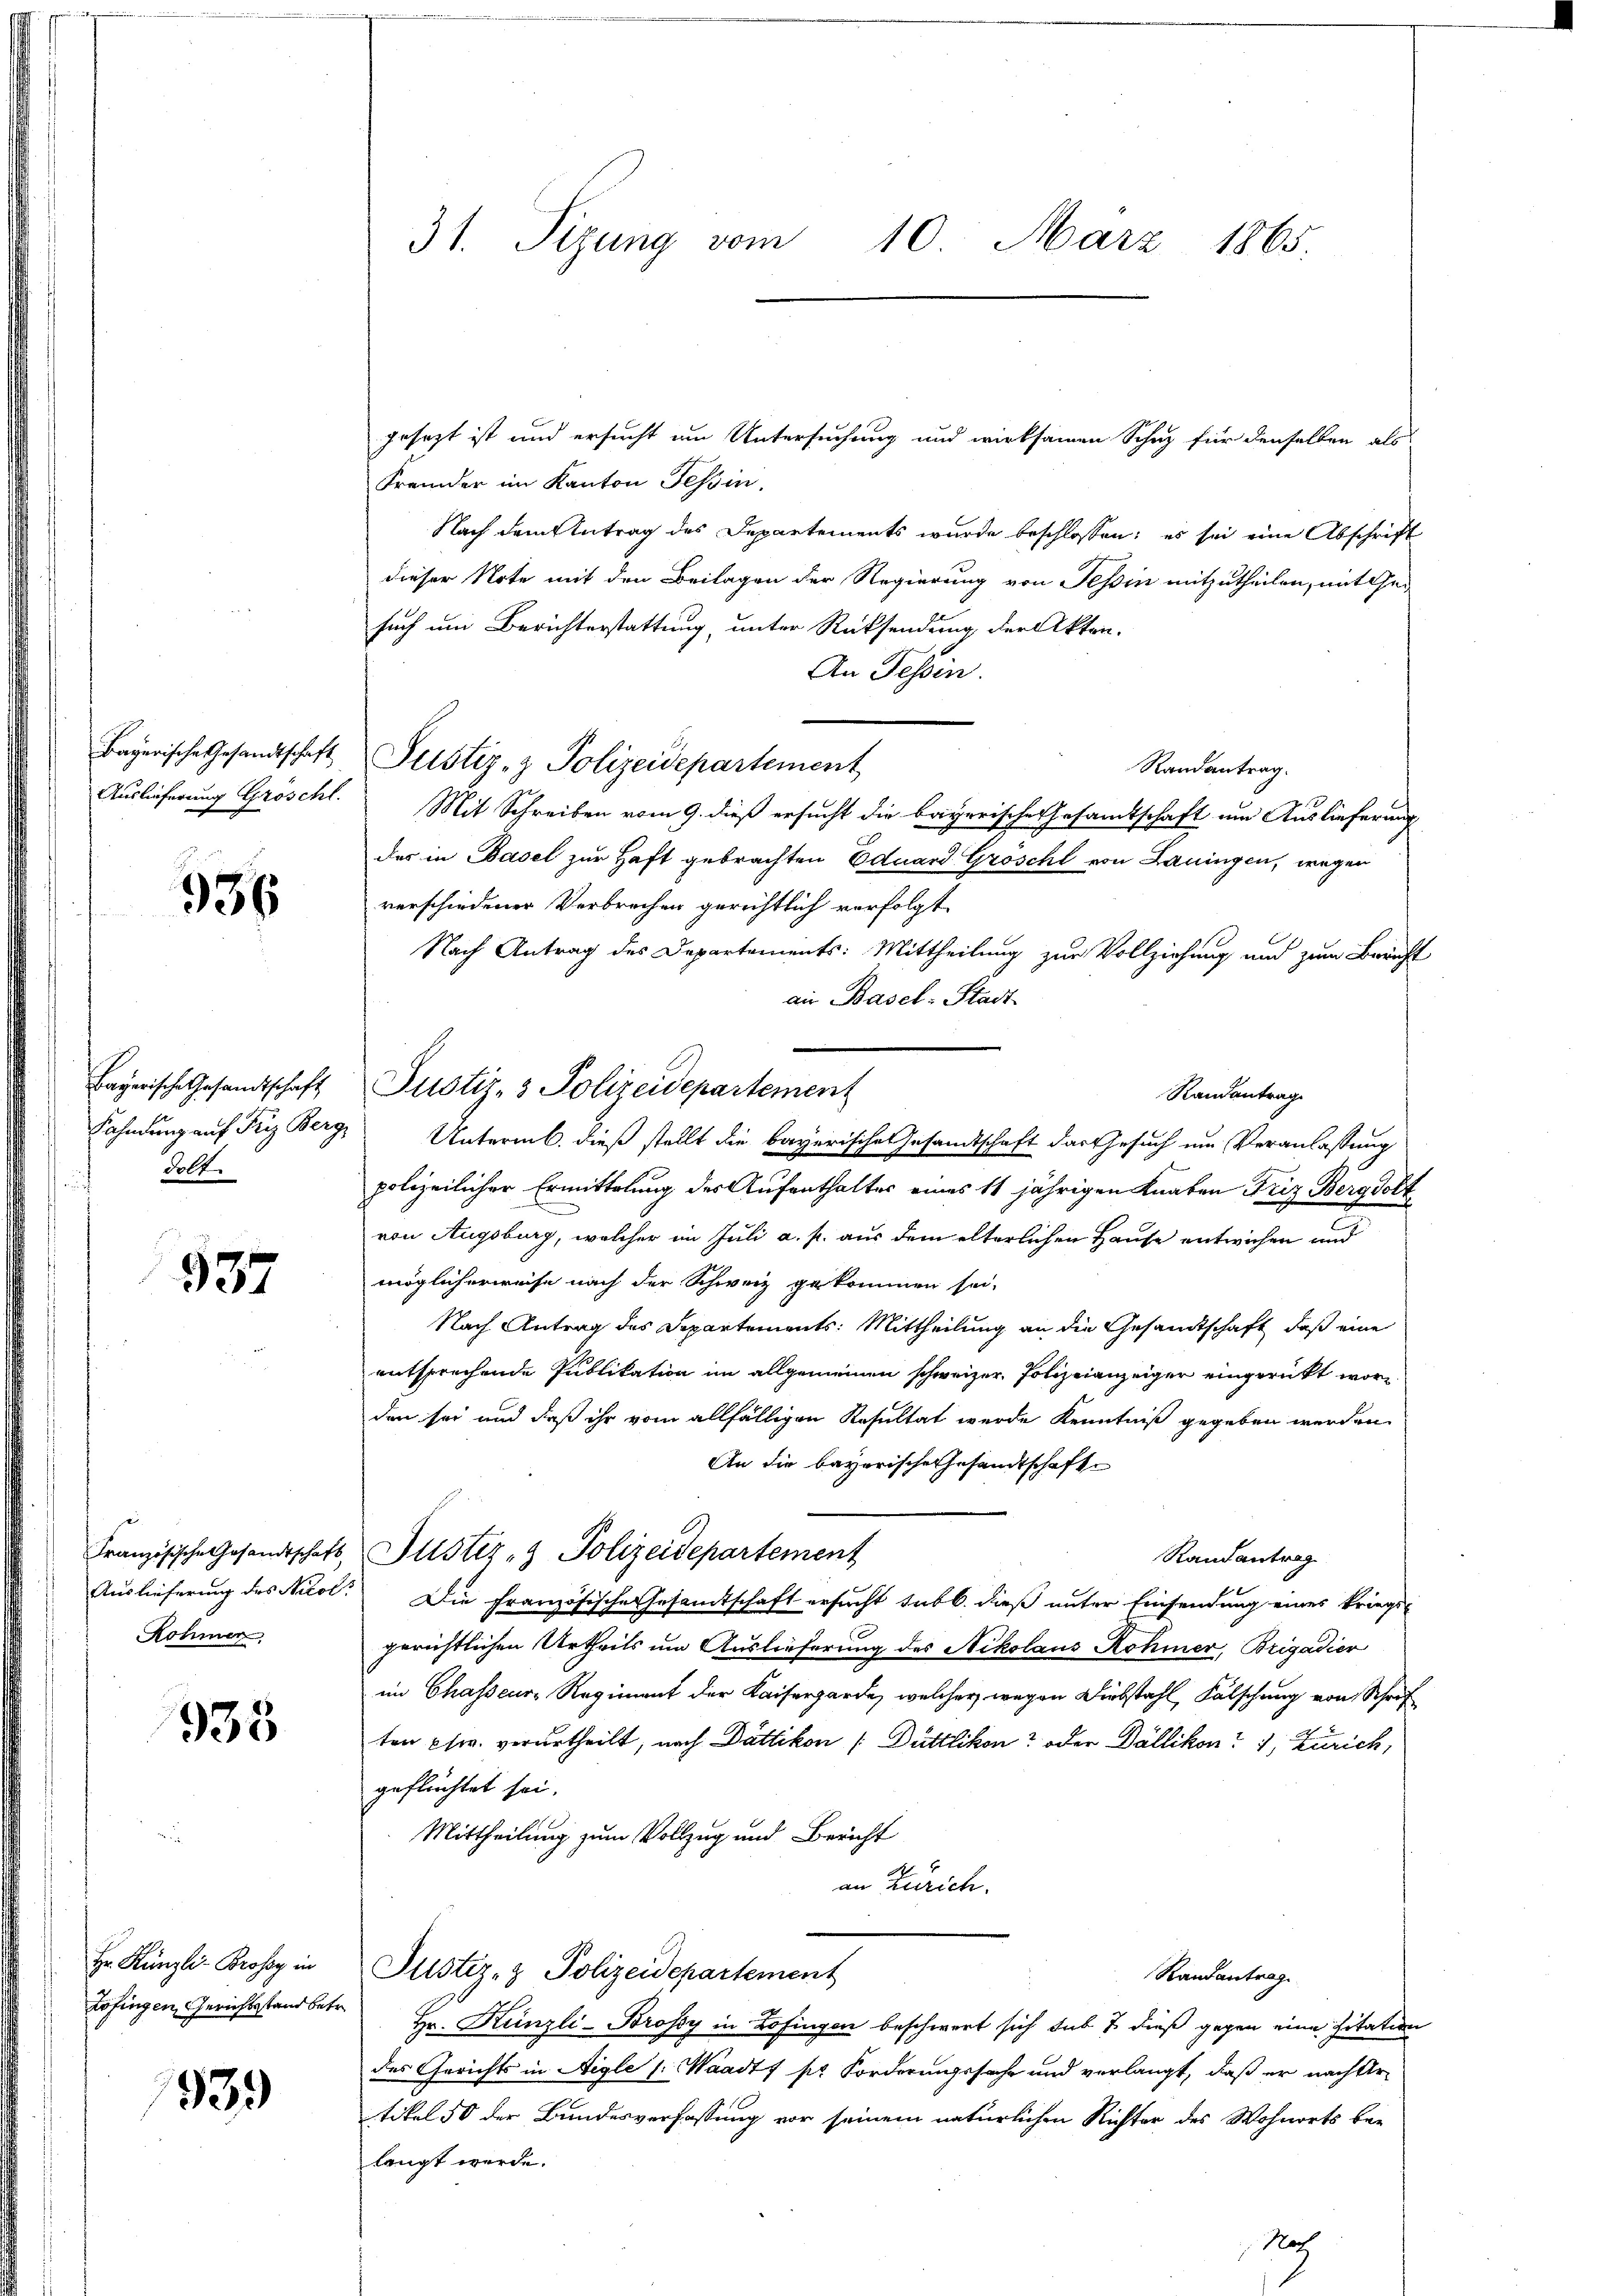
Bayerische Gesandtschaft
Auslieferung Gröschl.

936

Bayerische Gesandtschaft
dolt.

937

Auslieferung des Nicol¬
Röhmer

938

Hr. Künzli- Profes in
Zofingen Gerichtsstand betr.

1939

31. Sizung vom 10. März 1865.

gesezt ist und ersucht um Untersuchung und wirksamen Schuz für denselben als
Fremder im Kanton Tessin,
Nach dem Antrag des Departements wurde beschlossen; es sei eine Abschrift
dieser Note mit den Beilagen der Regierung von Tessin mitzutheilen, mit Ge-
such um Berichterstattung, unter Rücksendung der Akten.
An Tessin.
Justiz- & Polizeidepartement
Randantrag.
Mit Schreiben vom 9. dieß ersucht die bayerische Gesamtschaft um Auslieferung
des in Basel zur Haft gebrachten Eduard Gröschl von Lauingen, wegen
verschiedener Verbrechen gerichtlich verfolgt
Nach Antrag des Departements: Mittheilung zur Vollziehung und zum Bericht
an Basel-Stadt
Justiz- & Polizeidepartement
Randantrag
Fahndung auf Fry Berg, Untermb. dieß stellt die bayerische Gesamtschaft das Gesuch um Veranlassung
polizeilicher Ermittelung des Aufenthalter eines 11 jährigen Knaben Friz Bergolt
von Augsburg, welcher im Juli a. p. aus dem elterlichen Hause entwichen und
möglicherweise nach der Schweiz gekommen sei,
Nach Antrag des Departements: Mittheilung an die Gesandtschaft, daß eine
entsprechende Publikation im allgemeinen schweizer, Polizeianzeiger eingerückt worden sei und daß ihr vom allfälligen Resultat wurde Kenntniß gegeben werden
An die bayerische Gesandtschaft
Französische Gesandtschaft, Justiz - Polizeidepartement
Randantrag
Die Französische Gesandtschaft ersucht sub b. dieß unter Einsendung eines kriegs-
gerichtlichen Urtheils um Auslieferung des Nikolaus Rohner, Brigadier
im Chasseur, Regiment der Kaisergarde, welcher wegen Diebstahl, Fälschung von Schrif
ten phw. verurtheilt, nach Dättikon / Düttlikon? oder Dällikon? 1, Zürich,
geflüchtet sei.
Mittheilung zum Vollzug und Bericht
an Zürich.
Justiz- & Polizeidepartement
Randantrag
Hr. Künzli-Brossy in Zofingen beschwert sich sub 7 dieß gegen eine Zitation
des Gerichts in Aigle (: Waadt pr Forderungssache und verlangt, daß er nach Ur-
tikel 50 der Bundesverfassung vor seinem natürlichen Richter des Wohnorts be-
langt werde.
A